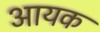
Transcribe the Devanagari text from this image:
आयक